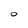
Character: O